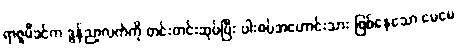
ရာဇူမီခင်က ဒွန်ညာ့လက်ကို တင်းတင်းဆုပ်ပြီး ပါးစပ်အဟောင်းသား ဖြစ်နေသော မေမေ